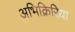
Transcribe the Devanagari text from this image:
अभिक्रिरिया